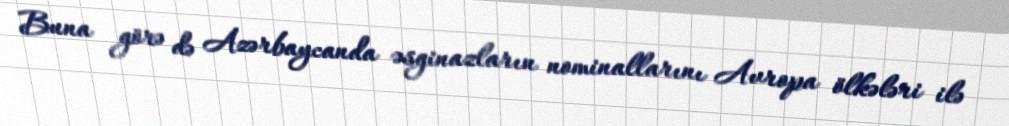
Buna görə də Azərbaycanda əsginazların nominallarını Avropa ölkələri ilə